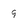
Character: 9